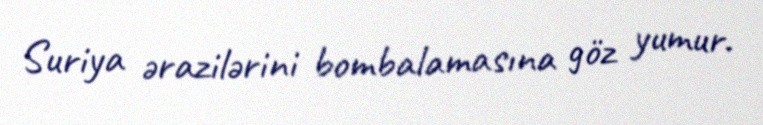
Suriya ərazilərini bombalamasına göz yumur.